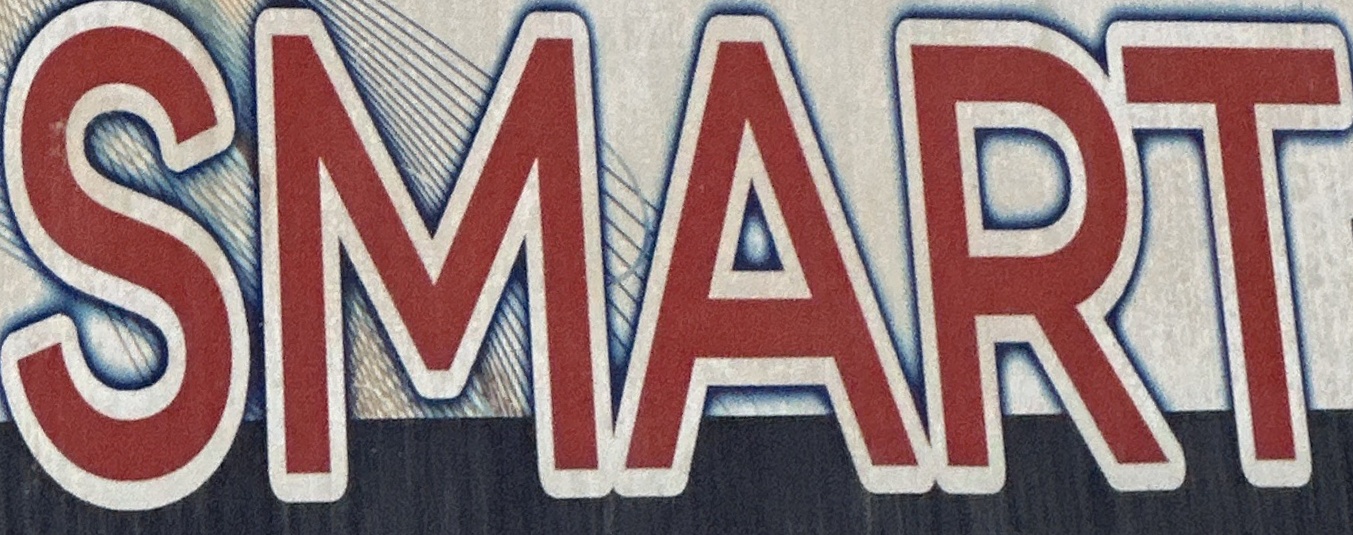
SMART